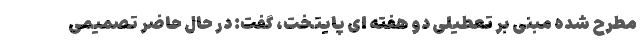
مطرح شده مبنی بر تعطیلی دو هفته ای پایتخت، گفت: در حال حاضر تصمیمی